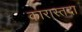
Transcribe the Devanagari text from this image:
कारास्तदा